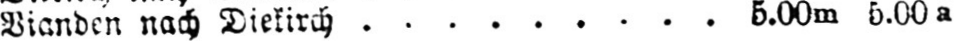
Bianden nach Diekirch......... 5.00m 5.00a